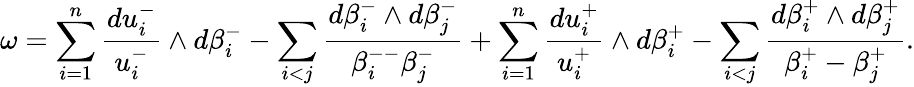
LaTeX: \omega=\sum_{i=1}^{n}\frac{du_{i}^{-}}{u_{i}^{-}}\wedge d\beta_{i}^{-}-\sum_{i<j}\frac{d\beta_{i}^{-}\wedge d\beta_{j}^{-}}{\beta_{i}^{--}\beta_{j}^{-}}+\sum_{i=1}^{n}\frac{du_{i}^{+}}{u_{i}^{+}}\wedge d\beta_{i}^{+}-\sum_{i<j}\frac{d\beta_{i}^{+}\wedge d\beta_{j}^{+}}{\beta_{i}^{+}-\beta_{j}^{+}}.